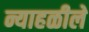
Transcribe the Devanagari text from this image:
न्याहळीले